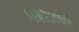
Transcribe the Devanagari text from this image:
ज़द्दोज़हद